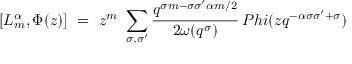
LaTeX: [ L _ { m } ^ { \alpha } , \Phi ( z ) ] \ = \ z ^ { m } \ \sum _ { \sigma , \sigma ^ { \prime } } \frac { q ^ { \sigma m - \sigma \sigma ^ { \prime } \alpha m / 2 } } { 2 \omega ( q ^ { \sigma } ) } \, P h i ( z q ^ { - \alpha \sigma \sigma ^ { \prime } + \sigma } )